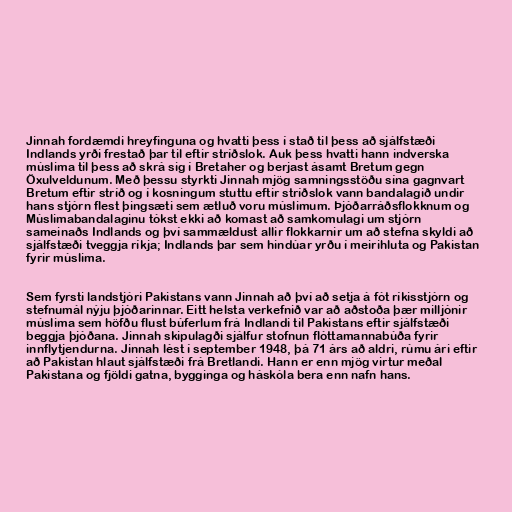
Jinnah fordæmdi hreyfinguna og hvatti þess í stað til þess að sjálfstæði
Indlands yrði frestað þar til eftir stríðslok. Auk þess hvatti hann indverska
múslima til þess að skrá sig í Bretaher og berjast ásamt Bretum gegn
Öxulveldunum. Með þessu styrkti Jinnah mjög samningsstöðu sína gagnvart
Bretum eftir stríð og í kosningum stuttu eftir stríðslok vann bandalagið undir
hans stjórn flest þingsæti sem ætluð voru múslimum. Þjóðarráðsflokknum og
Múslimabandalaginu tókst ekki að komast að samkomulagi um stjórn
sameinaðs Indlands og því sammældust allir flokkarnir um að stefna skyldi að
sjálfstæði tveggja ríkja; Indlands þar sem hindúar yrðu í meirihluta og Pakistan
fyrir múslima.

Sem fyrsti landstjóri Pakistans vann Jinnah að því að setja á fót ríkisstjórn og
stefnumál nýju þjóðarinnar. Eitt helsta verkefnið var að aðstoða þær milljónir
múslima sem höfðu flust búferlum frá Indlandi til Pakistans eftir sjálfstæði
beggja þjóðana. Jinnah skipulagði sjálfur stofnun flóttamannabúða fyrir
innflytjendurna. Jinnah lést í september 1948, þá 71 árs að aldri, rúmu ári eftir
að Pakistan hlaut sjálfstæði frá Bretlandi. Hann er enn mjög virtur meðal
Pakistana og fjöldi gatna, bygginga og háskóla bera enn nafn hans.